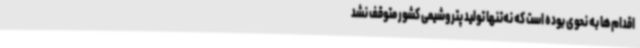
اقدام‌ها به نحوی بوده است که نه‌تنها تولید پتروشیمی کشور متوقف نشد